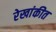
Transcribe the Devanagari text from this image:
रेखांकीत